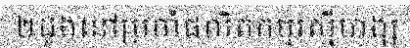
២ដួងនៅប្រចាំផលិតកម្មរស្មីហង្ស